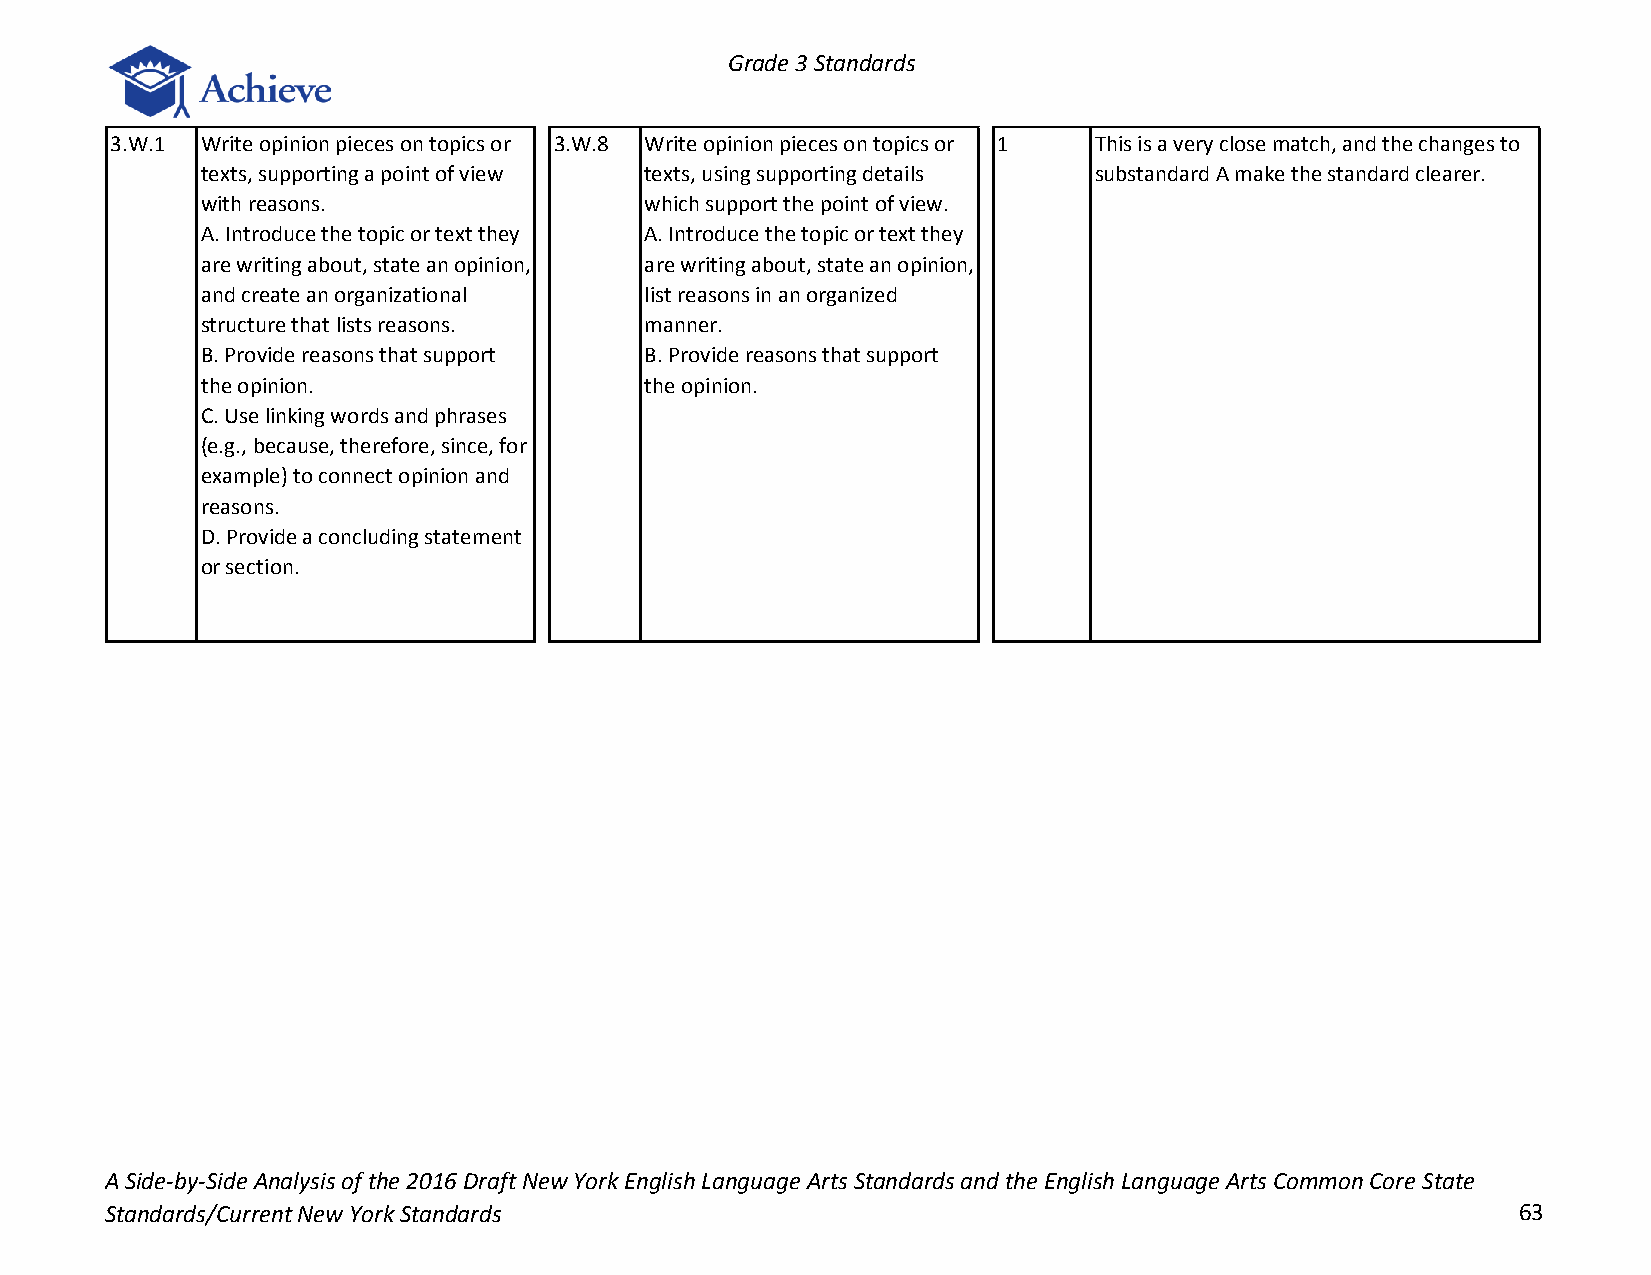
Grade 3 Standards
 3.W.1 Write opinion pieces on topics or 3.W.8 Write opinion pieces on topics or 1 This is a very close match, and the changes to
 texts, supporting a point of view texts, using supporting details substandard A make the standard clearer.
 with reasons.                 which support the point of view.
 A. Introduce the topic or text they A. Introduce the topic or text they
 are writing about, state an opinion, are writing about, state an opinion,
 and create an organizational  list reasons in an organized
 structure that lists reasons. manner.
 B. Provide reasons that support B. Provide reasons that support
 the opinion.                  the opinion.
 C. Use linking words and phrases
 (e.g., because, therefore, since, for
 example) to connect opinion and
 reasons.
 D. Provide a concluding statement
 or section.
 A Side-by-Side Analysis of the 2016 Draft New York English Language Arts Standards and the English Language Arts Common Core State
 Standards/Current New York Standards                                                         63